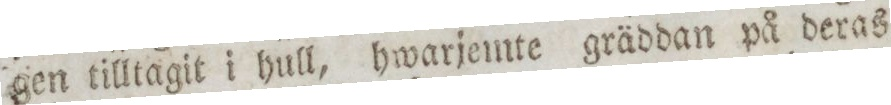
gen tilltagit i hull, hwarjemte gräddan på deras